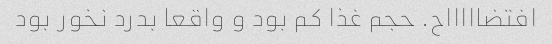
افتضاااااح. حجم غذا کم بود و واقعا بدرد نخور بود